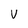
Character: V